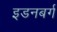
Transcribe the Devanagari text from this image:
इडनबर्ग